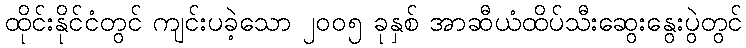
ထိုင်းနိုင်ငံတွင် ကျင်းပခဲ့သော ၂၀၀၅ ခုနှစ် အာဆီယံထိပ်သီးဆွေးနွေးပွဲတွင်